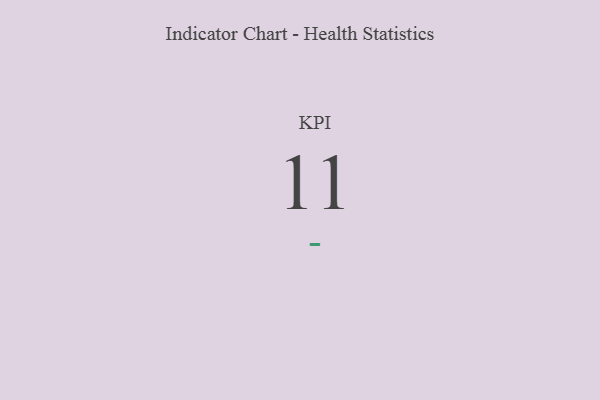
{"axis": {"x": "KPI", "y": "Value"}, "legend": [""], "data": [{"x": "KPI", "y": 11, "type": ""}]}